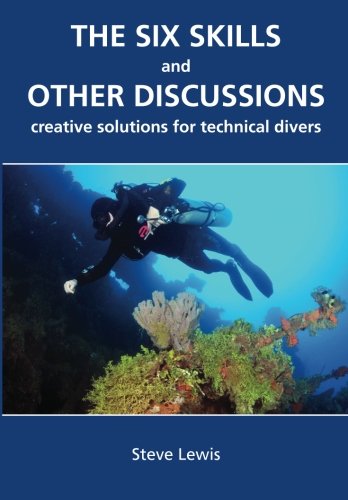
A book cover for The Six Skills and Other Discussions: Creative Solutions for Technical Divers; Mr Steve Lewis; Sports & Outdoors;